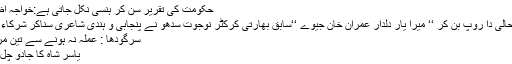
Next حکومت کی تقریر سن کر ہنسی نکل جاتی ہے:خواجہ اظہار الحسن
پیار امن تے خوشحالی دا روپ بن کر ‘‘ میرا یار دلدار عمران خان جیوے ‘‘سابق بھارتی کرکٹر نوجوت سدھو نے پنجابی و ہندی شاعری سناکر شرکاء کے دل جیت لئے
سرگودھا : عملہ نہ ہونے سے تین مریض دم توڑ گئے
یاسر شاہ کا جادو چل گیا بہترین بولنگ